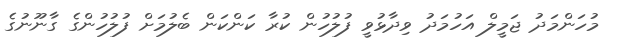
މުހަންމަދު ޖަމީލް އަހުމަދު ވިދާޅުވީ ފުލުހުން ކުރާ ކަންކަން ބެލުމަށް ފުލުހުންގެ ގާނޫނުގެ